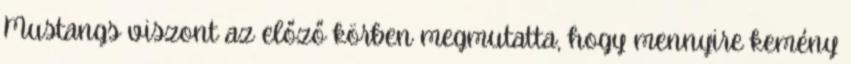
Mustangs viszont az előző körben megmutatta, hogy mennyire kemény